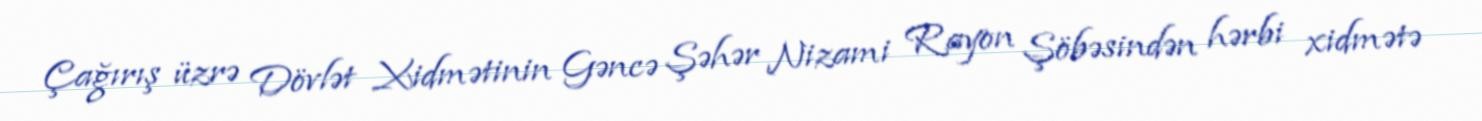
Çağırış üzrə Dövlət Xidmətinin Gəncə Şəhər Nizami Rayon Şöbəsindən hərbi xidmətə